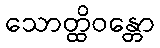
သောတ္ထိဝန္တော